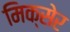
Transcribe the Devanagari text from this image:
मिक्सेर